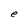
Character: e